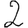
Digit: 2